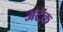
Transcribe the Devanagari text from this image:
अटॅक